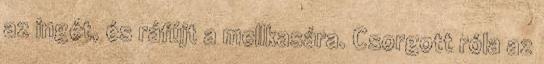
az ingét, és ráfújt a mellkasára. Csorgott róla az